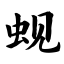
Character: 蚬